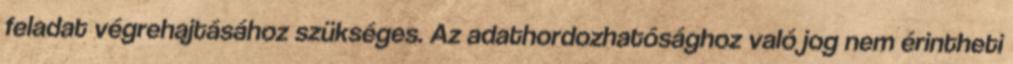
feladat végrehajtásához szükséges. Az adathordozhatósághoz való jog nem érintheti